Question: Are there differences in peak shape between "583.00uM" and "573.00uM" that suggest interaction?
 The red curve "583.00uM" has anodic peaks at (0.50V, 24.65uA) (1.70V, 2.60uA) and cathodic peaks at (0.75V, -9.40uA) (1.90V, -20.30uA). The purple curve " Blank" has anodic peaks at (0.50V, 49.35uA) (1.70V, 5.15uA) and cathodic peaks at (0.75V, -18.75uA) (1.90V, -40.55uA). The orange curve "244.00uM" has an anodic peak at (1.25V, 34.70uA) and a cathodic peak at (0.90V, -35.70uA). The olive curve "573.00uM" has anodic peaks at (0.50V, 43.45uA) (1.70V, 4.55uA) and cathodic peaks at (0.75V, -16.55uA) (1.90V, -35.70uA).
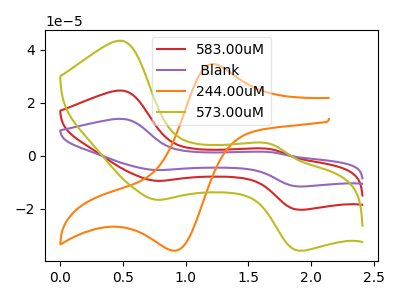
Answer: <think>All the peaks in "583.00uM" have a peak in "573.00uM" at the same potential. Every peak in "583.00uM" is lower than every peak in "573.00uM".
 </think>
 <answer>No, "583.00uM" and "573.00uM" don't appear to be significantly different in shape</answer>
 <eval>no_change</eval>